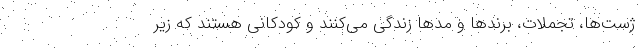
ژست‌ها، تجملات، برندها و مدها زندگی می‌کنند و کودکانی هستند که زیر